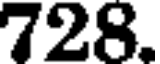
728.